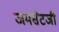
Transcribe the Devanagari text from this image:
जमसेटजी